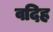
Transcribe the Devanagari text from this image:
वदिह